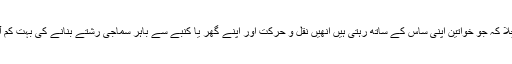
انھیں پتا چلا کہ جو خواتین اپنی ساس کے ساتھ رہتی ہیں انھیں نقل و حرکت اور اپنے گھر یا کنبے سے باہر سماجی رشتے بنانے کی بہت کم آزادی ہے۔